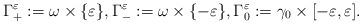
LaTeX: \begin{align*}\Gamma^\varepsilon_+:=\omega\times \{\varepsilon\}, \Gamma^\varepsilon_-:= \omega\times \{-\varepsilon\},\Gamma_0^\varepsilon:=\gamma_0\times[-\varepsilon,\varepsilon].\end{align*}